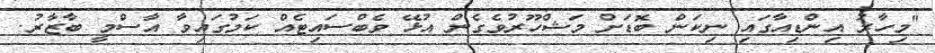
"މިހާރު އިންޑިއާގައި ނިކަން ބޮޑަށް މަޝްހޫރުވެގެން އުޅޭ ވެބްސައިޓެއް ކަމުގައިވާ އާސްމީ ބާޒާރު.